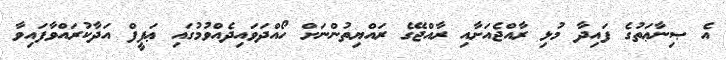
އެ ޞިނާޢަތުގެ ފައިދާ މުޅި ރާއްޖެއަށާއި ރާއްޖޭގެ ރައްޔިތުންނަށް ހޯއްދަވައިދެއްވުމުގައި ޢަފީފް އަދާކުރައްވާފައިވާ